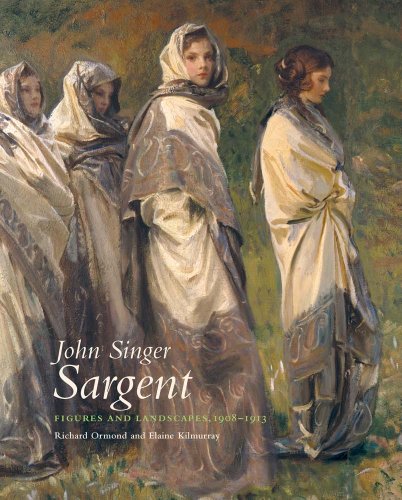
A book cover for John Singer Sargent: Figures and Landscapes 1908EE1913: The Complete Paintings, Volume VIII (The Paul Mellon Centre for Studies in British Art); Richard Ormond; Arts & Photography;